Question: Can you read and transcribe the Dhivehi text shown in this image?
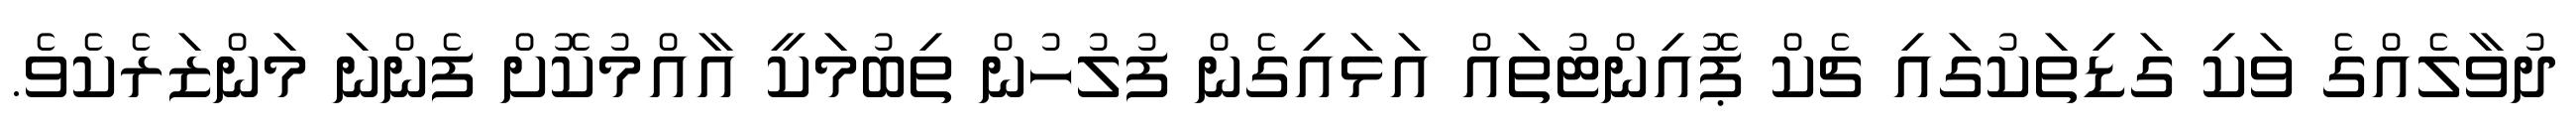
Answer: ދުވާލެއްގެ ވަކި ގަޑިތަކުގައި ޗެކް ޕޮއިންޓުތައް އަޅައިގެން ފުލުހުން ތިބުމަކީ އާއްމުކޮށް ފެންނަ މަންޒަރެކެވެ.